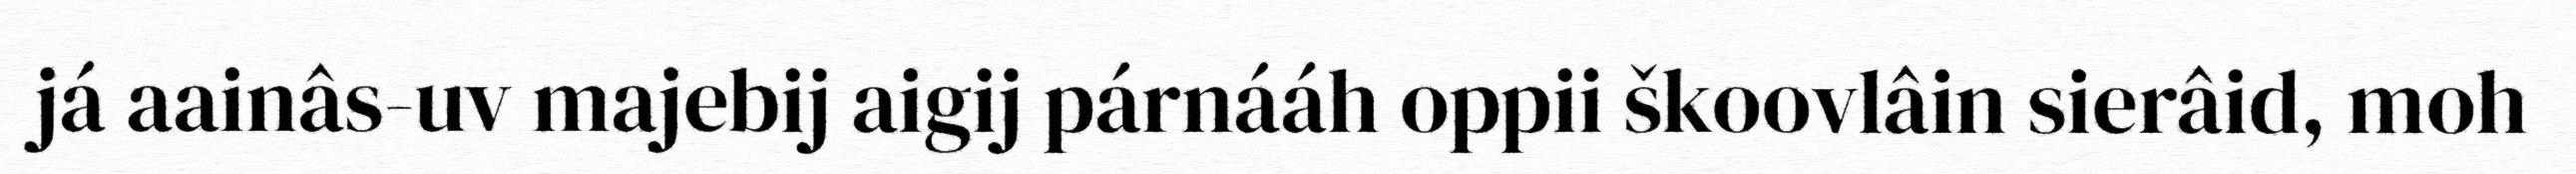
já aainâs-uv majebij aigij párnááh oppii škoovlâin sierâid, moh